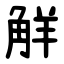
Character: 觧